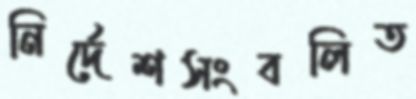
নির্দেশসংবলিত